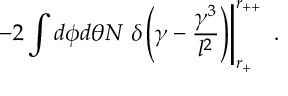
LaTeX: \left. - 2 \int d \phi d \theta N \ \delta \left( \gamma - \frac { \gamma ^ { 3 } } { l ^ { 2 } } \right) \right| _ { r _ { + } } ^ { r _ { + + } } \ .